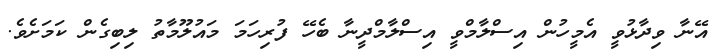
އޭނާ ވިދާޅުވީ އެމީހުން އިސްލާމްވީ އިސްލާމްދީނާ ބެހޭ ފުރިހަމަ މައުލޫމާތު ލިބިގެން ކަމަށެވެ.